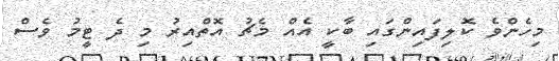
މިހެންވެ ކޮލިފައިންގައި ބާކީ އެއް މެޗު އޮތްއިރު މި ދެ ޓީމު ވެސް